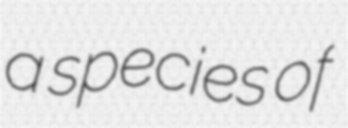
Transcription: a species of